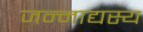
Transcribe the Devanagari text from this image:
जन्माद्यस्य